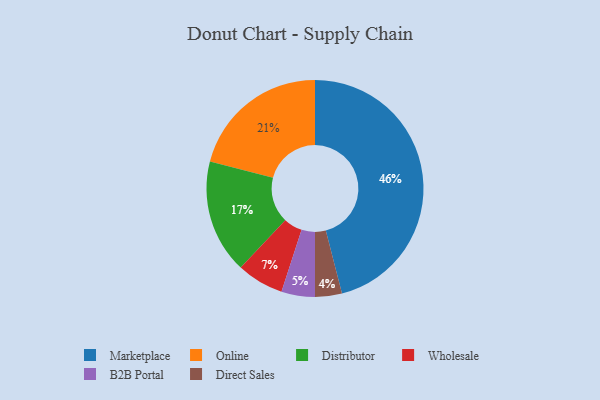
{"axis": {"x": "Category", "y": "Percentage"}, "legend": ["B2B Portal", "Direct Sales", "Distributor", "Marketplace", "Online", "Wholesale"], "data": [{"x": "B2B Portal", "y": 5, "type": "B2B Portal"}, {"x": "Distributor", "y": 17, "type": "Distributor"}, {"x": "Wholesale", "y": 7, "type": "Wholesale"}, {"x": "Marketplace", "y": 46, "type": "Marketplace"}, {"x": "Online", "y": 21, "type": "Online"}, {"x": "Direct Sales", "y": 4, "type": "Direct Sales"}]}